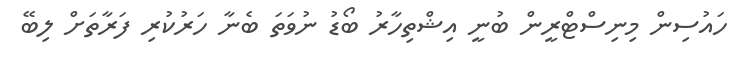
ހައުސިން މިނިސްޓްރީން ބުނީ އިޝްތިހާރު ބޯޑު ނުވަތަ ބެނާ ހަރުކުރި ފަރާތަށް ލިބޭ